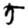
Digit: 5